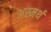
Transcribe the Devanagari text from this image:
अस्मर्थ